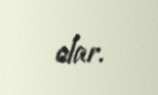
olar.